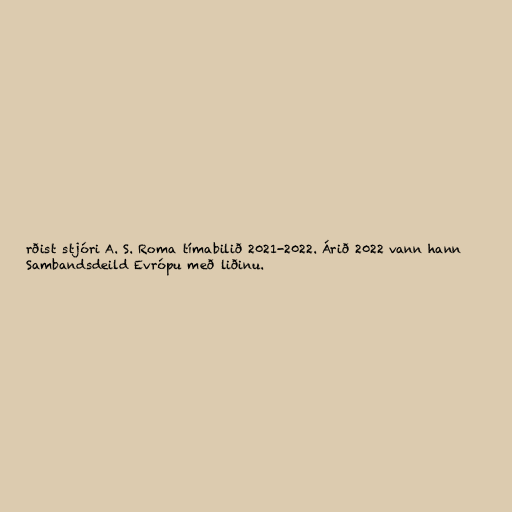
rðist stjóri A. S. Roma tímabilið 2021-2022. Árið 2022 vann hann
Sambandsdeild Evrópu með liðinu.